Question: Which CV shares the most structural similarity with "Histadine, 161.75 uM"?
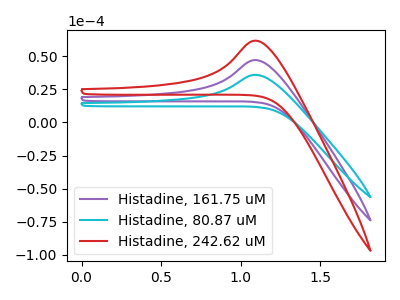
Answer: <think>The purple curve "Histadine, 161.75 uM" has an anodic peak at: (1.10V, 47.20uA). The cyan curve "Histadine, 80.87 uM" has an anodic peak at: (1.10V, 36.00uA). The red curve "Histadine, 242.62 uM" has an anodic peak at: (1.10V, 94.40uA).
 All the peaks in "Histadine, 161.75 uM" have a peak in "Histadine, 80.87 uM" at the same potential. Every peak in "Histadine, 161.75 uM" is higher than every peak in "Histadine, 80.87 uM". All the peaks in "Histadine, 161.75 uM" have a peak in "Histadine, 242.62 uM" at the same potential. Every peak in "Histadine, 161.75 uM" is lower than every peak in "Histadine, 242.62 uM". All the peaks in "Histadine, 80.87 uM" have a peak in "Histadine, 242.62 uM" at the same potential. Every peak in "Histadine, 80.87 uM" is lower than every peak in "Histadine, 242.62 uM".</think>
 <answer>"Histadine, 161.75 uM" and "Histadine, 242.62 uM" have a similar shape to "Histadine, 80.87 uM".</answer>
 <eval>"Histadine, 161.75 uM" "Histadine, 242.62 uM"</eval>